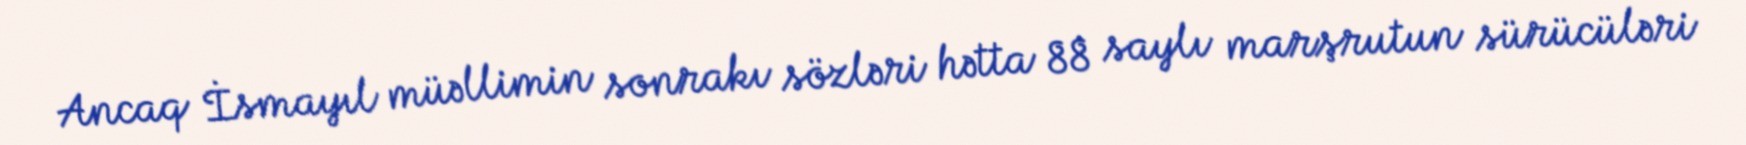
Ancaq İsmayıl müəllimin sonrakı sözləri hətta 88 saylı marşrutun sürücüləri